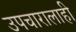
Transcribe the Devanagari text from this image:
उपचारालाही